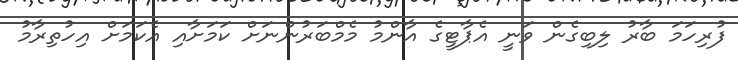
ފުރިހަމަ ބާރު ލިބިގެން ވަނީ އެޕާޓީގެ އާންމު މެމްބަރުންނަށް ކަމަށާއި އެކަމަށް އިހުތިރާމު